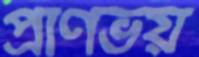
প্রাণভয়